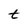
Character: t